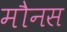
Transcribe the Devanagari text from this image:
मौनस